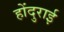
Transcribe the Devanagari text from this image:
होंदुराई